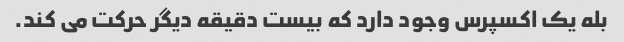
بله یک اکسپرس وجود دارد که بیست دقیقه دیگر حرکت می کند.